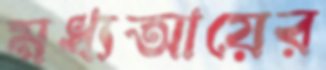
মধ্যআয়ের